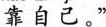
靠自己。”